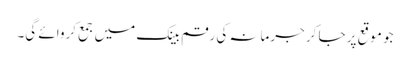
جو موقع پر جا کر جرمانہ کی رقم بینک میں جمع کروائے گی۔